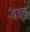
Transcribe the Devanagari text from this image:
मजाच